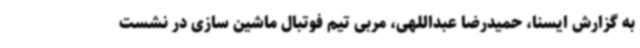
به گزارش ایسنا، حمیدرضا عبداللهی، مربی تیم فوتبال ماشین سازی در نشست